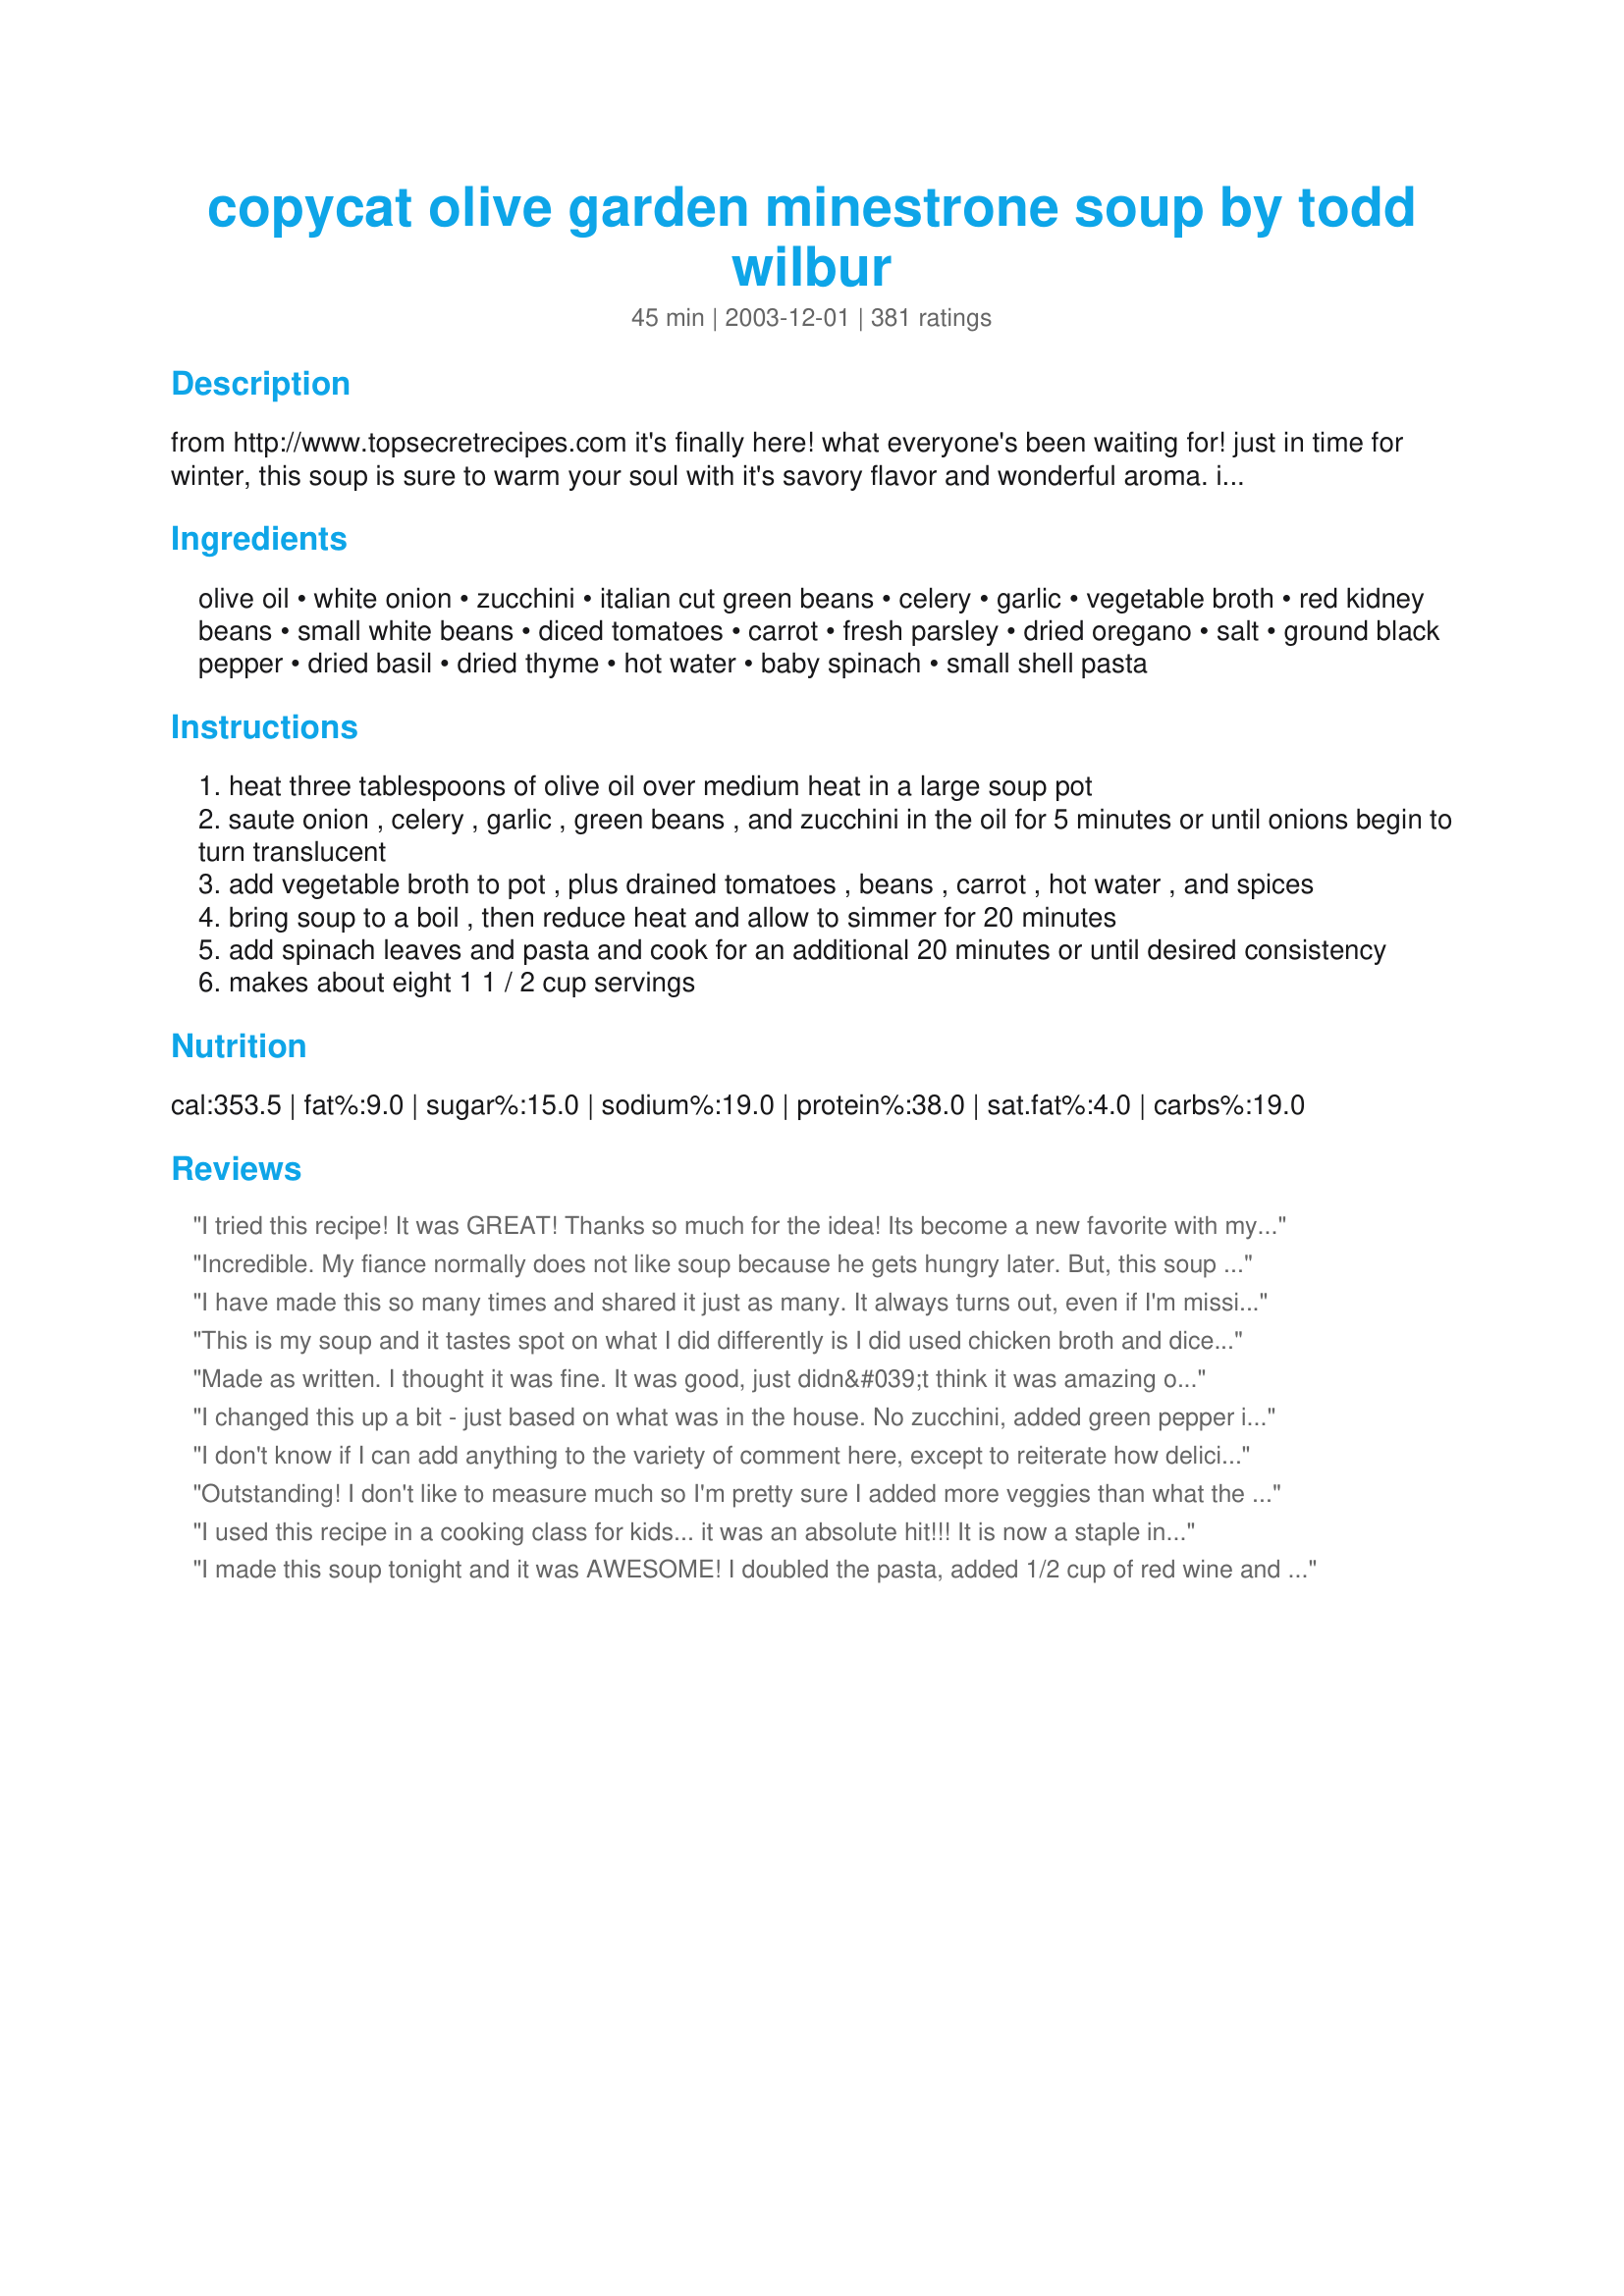
copycat olive garden minestrone soup by todd wilbur
Preparation time: 45 minutes

from http://www.topsecretrecipes.com it's finally here! what everyone's been waiting for! just in time for winter, this soup is sure to warm your soul with it's savory flavor and wonderful aroma. i've asked many an olive garden waiter for this recipe, but none gave it to me in detail. one waiter told me the secret ingredient was to add a little red wine to the stock, but i'll leave that up to you to try.

Ingredients:
olive oil, white onion, zucchini, italian cut green beans, celery, garlic, vegetable broth, red kidney beans, small white beans, diced tomatoes, carrot, fresh parsley, dried oregano, salt, ground black pepper, dried basil, dried thyme, hot water, baby spinach, small shell pasta

Steps:
heat three tablespoons of olive oil over medium heat in a large soup pot
saute onion , celery , garlic , green beans , and zucchini in the oil for 5 minutes or until onions begin to turn translucent
add vegetable broth to pot , plus drained tomatoes , beans , carrot , hot water , and spices
bring soup to a boil , then reduce heat and allow to simmer for 20 minutes
add spinach leaves and pasta and cook for an additional 20 minutes or until desired consistency
makes about eight 1 1 / 2 cup servings

Reviews:
I tried this recipe! It was GREAT! Thanks so much for the idea! Its become a new favorite with myself and my family. This soup is great, but I dont add the macaroni until Im ready to eat the soup as it soaks up all the broth, also if you cook chicken and add it as you eat a bowl its also great! Thanks again! Charlene
Incredible. My fiance normally does not like soup because he gets hungry later. But, this soup is so hearty and flavorful, we eat 1 or 2 bowls and are full and stay full-- even though it has no meat. I used rice pasta due to allergies. The 2nd time I made this, I used 1 can of kidney beans and 3 cans of chickpeas (it's what I had). The soup still turned out great (although the original recipe is a tiny bit better). This recipe also freezes well and still tastes good.
I have made this so many times and shared it just as many. It always turns out, even if I'm missing an ingredient or two. This is one of my all-time favorite soups and I always try to make it exactly like the recipe states. I'm sure alterations would be good, too, but I just don't want to mess with a GREAT thing!
This is my soup and it tastes spot on what I did differently is I did used chicken broth and diced tomatoes without draining them added corn and increased my pepper by 1/2 a tsp I hope u sold soup comes out as good as mine did . Great recipe!
Made as written. I thought it was fine. It was good, just didn&#039;t think it was amazing or a recipe I&#039;d save to make again.
I changed this up a bit - just based on what was in the house. No zucchini, added green pepper instead. Also added 1 lb spicy sausage because my family really likes their meat!
I don't know if I can add anything to the variety of comment here, except to reiterate how delicious this soup is. It's a nutritious meal in a bowl, and smells fantanstic while cooking.

The red wine is a great addition, and adds depth without making the broth taste to "winey." The only thing I do differently is add chopped frozen and thawed spinach in place of fresh, as I tend to have the frozen in my freezer. Thanks Suzy!
Outstanding! I don't like to measure much so I'm pretty sure I added more veggies than what the recipe called for. I used a whole medium onion, celery stalk, and medium zucchini. Because of the extra veggies I added in an extra cup of water because I like more broth. I also added 3/4 cup good red wine, which I think added tremendous flavor. I love this soup and my 2 year old can't seem to get enough of it. Anything I can do to get those veggies in. I froze a few single serve containers to make for easy lunches or last minute dinners.
I used this recipe in a cooking class for kids... it was an absolute hit!!! It is now a staple in my home as well.
I made this soup tonight and it was AWESOME! I doubled the pasta, added 1/2 cup of red wine and a small can of tomato paste. My husband, you really isnt a "soup guy", had two bowls! He loved it. I would say this is the best soup I've made. This recipe is definitely a keeper!
This is so good! Mine came out even better than olive gardens! So excited thank u so much for the recipe! Yummmmm!
For me, it's the addition of a cup of red wine that really makes this soup. I also like how easy it is to customize if you don't have all the ingredients on hand. Thank you!
this is quite yummy, we truly enjoyed it we will make this again especially on cold winter nights that will be here before we know it
I love this soup! Easy to make, healthy...yummy....all your veggies in one place!! A good glass of red wine, a salad...what more could you want?
Tasted like Olive Garden’s recipe and didn’t take that long to make. I tried the slow cooker recipe and I was basically waiting almost a day just for it to taste the same as this recipe with canned beans and tomatoes. I used vegetarian beans and Northern beans, not a fan of kidney beans. Bought and used already shredded carrots, Left out chopped onions because I avoid cutting onions at all costs. I just added more organic minced onions and the flavor didn’t suffer at all and I saved lots of time without chopping each ingredient.
I put this in my slow cooker and came home to the most wonderful soup I have ever eaten! I put all the veggies that needed chopped in my food processor and pulsed a few times to chop into small pieces. I dumped everthing in the slow cooker. I didn't use oil because I didn't need to saute the veggies for this method of cooking. Thanks for this delicious and healthy recipe!
Easy and everyone liked it. I put in an extra clove of garlic and tsp basil. It was so good. Thank you.
This recipe is amazing! I have never tried adding wine. I think it is fabulous just the way it is. My family raves!
I made this with half the amount of canned beans, using all black beans ( that&#039;s all I had), I think the full amount of beans directed would be way too many. I also added to the recipe 1/2 small head of sliced cabbage, frozen baby lima beans in place of green beans ( again, that&#039;s what I had), 1/2c. Dry white wine &amp; 2T balsamic vinegar, doubled the tomatoes since it seemed to need more at the end. The wine really made the dish, definitely complimented the flavors. Topped with parmesan cheese &amp; added some cooked spinach feta chicken sausage to half (which I froze for a later date, as this does make a lot ). So good, thanks for an inspirational soup recipe!
I've cooked this recipe a bazillion times but have never reviewed it. Let me just say this is my #1 fall/winter recipe...my wife asks for it again and again. Goes great served with some crunchy-crust bread!
I never had this at Olive Garden, but it sounded good and I had most of the ingredients on hand. This was delicious and filling. I used frozen spinach, added a can of tomato paste, and I made mini meatballs and added them with the pasta. I will make this again, but I will not saute the zucchini because it made it mushy. I'll add that with the pasta too.
This turned into such a wonderful soup and is awesome the next day as well. I added a whole baby zucchini and did not drain the diced tomatoes but other than that followed it as written. Everyone in the house enjoyed it and found it to be very flavorful. Thank you for posting such a wonderful recipe.
I just have to say that the wine makes all of the difference in this recipe. It's good without it...but it's totally Olive Garden's soup with it. I used about 1/2 cup of Yellowtail Shiraz in the last 15-20 minutes. When it was done I nearly died. This is seriously the secret to Olive Garden's minestrone!!!!!!
It was excellent! Even my 5 year old loved it! I will definetely be making this over and over!
I've made this soup twice. The first time, I just used it as a basis to use up all the veggies in my fridge. This time, I made it almost exactly as written (I omitted a little bit of the water to keep my soup pot from overflowing). It was excellent. Such a hearty, filling soup. This one is definitely a keeper.
I made this and it was delicious. I did make a few changes though - I added 1 1/2 c. of tomato juice. It just made it richer and more like the Olive Garden soup.
We&#039;ve never had Olive Garden Minestrone soup either but this was delicious! I halved this because there are only 2 people in my household. Very healthful too. I made no changes really, but did not use wine because I didn&#039;t have an open bottle at the time.
This soup is delicious and so healthy!
Just made this soup tonight. I used only one can of beans and for the can of tomatoes I used a can of stewed tomatoes (added a nice flavour) and also used all vegetable broth instead of broth and water. I was really, really good. Restaurant quality all the way. The only thing I will do differently next time is use a little less salt due to using all broth. Topped it with a little sprinkle of parmesan cheese....YUMMY
Fantastic! This was spot on compared to Olive Garden! I have already emailed this to everyone I can think of. Now I just have to master those breadsticks...
This was so delicious. I used orzo instead of the shell pasta because that's what I had. It thickened up the soup quite nicely.
This good, good enough to make again, but not fantastic. I did use chicken broth, skipped both the celery and parsley, also used med shell. Use the small shells or something else, I wouldn't recommend anything larger. My store had no small shells or even orzo, oh well. I did use regular ole frozen green beans. I added a shake of black pepper and sugar. It's is tasty and a keeper. I am serving breadsticks and passing the Parmesan. Oh, I forgot to add that I only used one can of beans each, two would be way too many.
Yummy Minestrone soup great on a cold day. I made this just like the recipe stated using my home canned green beans and fresh spinach out of the garden. For the pasta I used orzo we love it in Minestrone soup. Served it with lots of Parmesan Cheese & hot rolls. Thank you for this tasty recipe.
Love this recipe! I have my own Minestrone Soup recipe but I like this one much better. The only thing I had to do differently, was substitute the fresh baby spinach with the frozen stuff. The fresh spinach at the grocery store was in terrible condition. 
And if it's at all possible, I think it tasted better the next day after sitting in the fridge over night. It could've been just me craving another bowl though.
We absolutely love this. Despite the warnings, I use chicken broth since I never remember to buy vegetable. Also I use a brick of frozen spinach and it all comes out great. Sometimes I get kinda wacky with my beans and do white AND great northern beans, just for variety. I like that I can make a huge pot and freeze half. Thanks for a staple in my kitchen!
This soup is yummy..I also added tomato sauce and red wine..thanks for submitting it..it is definitely a "keeper".
I can't say it was good. It was only fair. I didn't use as many beans as it called for, because I knew it would be too many, still had a beany taste though. No body, nothing melded together. I tried it this morning and still got the same taste. I've tasted Olive Garden's soup, this is not it. Sorry. I'm sticking with Giada's recipe. Now that's a great minestrone!
 I've made this soup twice and it's just wonderful. It has a lot of ingredients, but if you read the recipe carefully, the recipe is easy to put together. It tastes so good. This may be thought of as an Autumn soup, but in my home it will be year round! My husband is a picky meat eater, but really likes this one. 
 I recently bought Todd Wilbur's book "Top Secret Recipes", presents Super Secret Restaurant Collection. It was on QVC. The wonderful Olive Garden Minestrone Soup recipe was inside, as well as a host of others. Well done Todd.
This is better than Olive Garden.Finally a soup the WHOLE family loved.Thanks Suzy!
I am a huge fan of this soup from Olive Garden. I tried this recipe once before and I could not find vegetable broth so I used V8 vegetable juice with the same amount of water. Though it did come close it wasn't what I was hoping for. I tried it again with the broth (swansons vegetable broth) suggested, once I came across some, and it was just not good at all... looked and tasted more like a chinese soup recipe... :( <br/><br/>It is a great soup with some minor adjustments its not filling and can be eaten for days :) I just now know to stick with my first choice of V8 instead of the broth!
Suzy's posting is EXCELLENT! Great taste. It's perfect, but like others suggested, things can be added to a person's taste. I added 1/2 cup of red wine and used petite diced tomatoes (same amount). This gave a thicker soup. Also, a 1/4 cup (or less to taste)of Parmesan cheese to the soup base just before serving.

This was very simple to make and most items were on hand in the house. Quick, simple, but good!
yum yum
I made this recipe several times so far. It is excellent .... worth trying!
This was excellent. It was easy and everyone raved.
i know for a fact they DO NOT add wine to the stock.. i used to work there.. they never have or will add wine to it.. and missing from this is a lil pinch of peperoncino. and olive garden uses grana padano instead of parm since it is way cheaper. that's why they don't care how much you ask for..
We live in Canada and can only get Olive Garden when we visit the US. I have made this twice now and each time it tastes just like we remember. Wonderful, easy recipe. Thank you. I did add 1/2 cup of red wine as another review suggested, but otherwise kept it the same.
I have never had the Minestrone soup at Olive Garden, but this was quite tasty! I thought there was a really good balance of flavors. The only changes I made was that I cut down on the beans and used only 1 can of kidney beans. I also added a splash of red wine as some of the others suggested.
I&#039;m kind of a personal chef for an elderly man and made a pot of this for him and gave my husband a taste. Both meat and potato guys and both LOVED it. Followed as written except I added a pound of browned ground turkey to it to make it even more of a meal. Making a pot for OUR house today! THANK YOU!
Oh My, Oh My! I am a die hard Olive Garden fan. I am always getting there bread sticks, this soup, and salad(which they sell there dressing in a bottle too!). This soup is awsome. I was able to cut out the white beans which even made it 1000x better to me. Thank you, Thank you for posting. My husband is happy I will get my fix at home so we can enjoy other resturants here in the city.
I loved this, it was really tasty even though I got carried away with the garlic :) I will add two times the vegetable broth next time so there is more to dip my home made bread in. I will make this again and thank you for posting Todd.
Excellent!!!!!!!!!!!!!!!!!just like olive gardner!!!!!!!!!
Bless you Todd!
I have never eaten at Olive Garden but this is wonderful soup! I made half a recipe...I used fresh green beans and added orzo pasta. I omitted the red kidney beans and added only a handful of white kidney beans. I pureed the rest of the white beans and added it to the soup as a way of sneaking the nutrition in. (DH doesn't like beans.) Thanks!
My whole family loves this soup! Even the picky eaters. I&#039;ve made it probably ten times by now - I vary vegetable proportions based on what I have on hand, and it always comes out delicious.
Just tried it tonight and the taste was excellent. My family loved the soup.
very nice
The sheer number of reviews tell the story... I added about a half cup of red wine (merlot) before the beans as indicated in other reviews. I also swapped out a can of lentils for one can of the white beans. In addition, I also used fresh tomatoes and green beans as they were available. This is fantastic.
We absolutely loved this soup. I added a small can of tomato paste, used Italian stewed tomatoes which I had on hand, and added 2/3 cup red wine. I had to use half chicken broth, because I live in a hick town that doesn't have veggie broth. And I only used 1 can each of the beans because, really, 4 cans is just too much! Now if I could just have some OG breadsticks and salad with it...
I wasn't a big fan of this minestrone, everyone else loves it so maybe I made it wrong? I put all the spices in and it kinda tasted like vegetables in a vegetable stock soup.
Delicious on a cold snowy day! We doubled the recipe and used small elbow instead of shell macaroni. It was awesome.
I have made this soup several times since I first had it 3 months ago. I plan to make it again this weekend. I have not had the Olive Garden soup but I can't believe it could be any better than this. I have even shared this with the employees at work. They all love it!
This soup is delicious. I added four different cans of beans, kidney, cannelli, black, and garbonzo. I also increased the pasta to 3/4 cup and added a half cup of red cooking wine. I am addicted to this soup!!!!!!
Truly delicious!!! I followed the recipe exactly, then tasted. I decided it needed more pasta and tomato so I added more shells and chopped up a can of stewed tomatoes and added it sauce and all. Garnished with fresh parm and Italian bread to sop it all up! So good and so healthy! My 2 year old loves it too!
I love this soup! At Olive Garden I always order their minestrone soup and this was just as good as theirs! I didn't add the red wine (personal reasons) and it was still a great.
Taste was very good, however, this had way, way too many beans in it. I only added l can of each kind of bean and it still had too many beans.
I only used two cans of beans, and I added another can of undrained tomatoes. The recipe is good with those changes and very close to Olive Garden. The missing ingredient is cayenne pepper. Just add a few dashes and top with parmesan. Yum :)
DELICIOUS. I've made this recipe several times over. It taste like the real thing. Thanks for sharing!
This was delicious. Definitely the best minestrone I've made. Adding the wine makes all the difference. Will definitely make again soon.
I followed the recipe to a T. It was outstanding! Thank you for this recipe.
I love this recipe and have made it several times. The only problem is that I KNOW Olive Garden adds some wine to theirs. I can taste it. But, every time I have put it in mine, it turns the whole pot bitter. I can't figure it out. Any tips? I've tried Sharaz and Marsala. Pretty sure Marsala is the way to go, if it just wouldn't turn bitter. Also, OG puts a bit of cabbage in theirs. You can't deny it because you see it right there in your bowl.
Turned out great. I left out zucchini because my granddaughter doesn't like it.
This recipe is really wonderful. My family loves going to the Olive Garden restaurant and ordering just the soup and bread sticks. Now when we can't get to the restaurant I can throw on a pot of it at home. It really is as good. Thanks for posting the recipe!
Very hearty soup. I have not tried OG's but this is wonderful. Thank you for posting.
I'm going to give you 5 stars for this recipe, but with an admonishment: why not use chicken broth??? Because it's not authentic? In my mind any flavored broth is going to improve a recipe. My DH was sick and running a fever, so I was looking for a nutritious soup with lots of veggies. I used chicken broth, used chickpeas and black beans because that's what I had in the pantry, used medium egg noodles for the same reason, used several handfuls of fresh parsley, ciltantro (his favorite) and oregano. Normally when I make soup he eats one bowl and makes no comment. Even when sick, he ate two bowls of this and said it was good. That's a 5-star review from him!!! I also enjoyed it very much!
I gave this recipe to a friend to make for our Christmas dinner. She subbed reg green beans for the italian and thought it needed something and added some red wine. We all thought it was ok, but rather bland . I think a combination of chicken and beef broth might improve it and a lot more herbs and seasoning.
I added in an additional cup of water, an extra can of tomatoes (which I didn't drain), 1 (14oz) can each of beans (drained, instead of 30 oz each), 1 c. green beans, extra noodles, 1 tsp garlic powder in addition to 3 tsp minced garlic, 1/2 c red wine and I added 3-4 tsp beef boullion I wasn't measuring (I know OG is vegetarian and think vegetable boullion would be better, but didn't have any so...) I also only used about 2 c. chopped spinach. I added the zucchini and wine the last 20 min of simmering. Those are my corrections. And using those extras/tweaks it actually was identical to Olive Gardens! With my additions I'd give it a five star rating. As written three. If you're wondering what little extras you could do to make it more like OG, I'd suggest trying some of these tweaks.
I made half a recipe as written minus the zucchini. Wonderful soup for a cold, snowy day we are having. Served with Recipe #13584 toasted in the oven.
Great recipe, the whole family loved it!
This recipe is really good! I added some chili powder and extra diced tomatoes just to kick it up a knotch! All in all, I be making this again! My husband and I loved it!
Probably the most flavorful minestrone I have made to date, but I still think it could use some improvement. I personally would have liked a more savory, tomato-y broth; maybe even a little sausage.
Really good! Very easy!
This soup is really good, especially on a cold winters day. I doubled the recipe but kept the amount of beans the same & there were still plenty of beans in the soup. I also added a small can of tomato puree for a more pronounced tomato flavour, didn't bother to drain the diced tomatoes & used only veggie stock (no water) . I will be making this one again. Thanks for sharing!
This went over great at a bridal shower I gave this weekend. I had to use chicken stock because I couldn't find veggie stock, but it still tasted just like the restaurant version. Thanks!
Made this for a church luncheon and got raves - it is truly delicious!!!
Excellent, I subbed out barley for the pasta - since I wanted a whole grain. It had great seasoning , good body. I did add some parmesan at the table. Thanks
This soup rocks! I make it at least once a month! I add pre-made pre-cooked meatballs instead of one can of beans and it's a great addition.
this soup was really good, very flavorful and delicious. the consistency was a lot more like chili than soup, so i ended up adding a lot more vegetable broth to the recipe. also, we didn't like the frozen green beans, i would probably use french green beans and cut them (for a thinner bean). overall, great recipe!
We were in the mood for minestrone soup and decided to try this recipe. I haven't hadd the Olive Garden's soup, but this was very good. Hit the spot. We added a dash or two of 20 year lod Cabernet Sauvignon that we had sitting around. I don't know if it made it better, but it was really good. Now we're going to drink the rest of the bottle ;-)
Excellent recipe with a few tweaks. One can of kidney beans and one can of Great Northern beans are sufficient. Added extra green beans and increased the amount of most of the veggies. We like lots of vegetables. Did not drain the diced tomatoes. A small can of tomato paste and about 3 beef bouillon cubes add more flavor. Adjust thickness of soup by adding a little water if necessary. Guests always ask for my recipe. BTW, someone here mentioned that all Olive Garden recipes are on their website. Some of them are, but not all of them, and of course the recipes for their &quot;signature&quot; soups are NOT on their website. Not a surprise at all.
The foundation of this recipe is very good, but I found that it needed a good deal of tweaking for it to TRULY taste like OG's.

I added --

a little bit of salt
a lot of pepper
4 ozs. of tomato paste
1 cup of red wine
an extra stalk of celery
an extra hand full of needles

After it was done, I also decided that it probably could have used about double the garlic. Oh well! Close enough.
I've been looking for a good minestrone soup for years. This is by far the best one... perfect. I did not add the spinach but I did add 1/2 can of tomato paste and I used 1/2 the beans. Turned out perfect. Thanks Todd.
Add some balsamic vinegar, grated parmesan or romano, some celery salt or leaves, unseasoned ground turkey for the meat lovers in your home, definitely some red wine, and adjust herbs and spices to taste. I subbed more cans of vegi broth for water and it was perfecto!
Great recipe! Yes, Olive Garden uses wine in theirs. Add a little (a glassful or so) and allow it to evaporate some before adding the veggie broth.
This is really a good soup. I didnt mine was exactly like Olive Gardens but I didnt try the wine so maybe I will next time and see . It WAS WONDERFUL anyway. My family loved it and we will have it again. Recipe makes a good amount and I know we will enjoy this recipe for years to come. Thanks for the great recipe.
very good thanks
I added a splash of lemon juice and and an extra can of tomato and it turned out way better. I also added a splash of red wine.
Boy did I feel great after having a bowl of this soup. Just hit the spot in the middle of a cold January :-). I used butter beans, a splash of Merlot, and of course topped it with some freshly grated Parm. Thanks Suzy.
This soup is delicious and tastes just like the one from Olive Garden. I did put about 3/4 cup of red merlot after sauteeing the onions and let it reduce. I also added garbanzo beans, a bit of crushed red pepper, and used fresh basil and parsley instead of dried. Frozen spinach works just as well as fresh. I topped the soup with grated parmesan cheese and served with garlic bread. Was a hit and a keeper, thanks so much for this recipe.
This soup is great on cold January days. I followed the recipe as written, however I omitted green beans (had none) and used celery salt instead (preference). I think I will add a splash of red wine next time and maybe some red peppers. Very good recipe Suzy, thanks.
And yes tastes just like Olive Garden.
AMAZINE RECIPE! I followed recipe exactly but added some pinot noir, italian sausage (pre-cooked it and drained the fat), fresh thai basil, and red pepper flakes/hot sauce for some heat. After adding the noodles I slow cooked it on low heat for an extra hour or so. My family loved it. Thank you so much!
I love this soup and order it almost every visit to Olive Garden. Found this recipe and made it today. It is SO GOOD!! I only added a bit more garlic but wouldn&#039;t change a thing for my own liking.
Excellent recipe - family loved it! Definitely add a cup of red table wine at the end - makes a difference.
Good stuff! Basically brought back someone sick back from the dead.
delicious! like some others who commented, i also only used one can each of the beans, and added more veggies. these were the only modifications i made and the soup came out wonderfully. i have made it twice since stumbling across this recipe a couple months ago and am making it again in a few days. thank you for this recipe, and thank you for informing people that this soup should not be made with chicken broth!
This soup is amazing! Even if it's not EXACTLY like Olive Garden's, it's just as delicious. I have a friend who has told me it's some of the best she's ever had! I changed it a little bit: I only added one can of each of the beans, doubled the amount of water, eyeballed the amount of vegetables (probably more than what the recipe calls for), sliced (instead of chopped) the zucchini, and per recommendation of other reviewers, added in a can of tomato paste. I also didn't drain the diced tomatoes or add as much spinach. Didn't have any red wine on hand, but next time I'll definitely have to try that.
It was very good but I guess I was expecting something spectacular according to the high ratings. I also used the wine and pretty much followed the recipe as written.
I made this per directions and it looks close to Olive Garden's but did not taste like it to me. The OG soup seems to have some tomato-based taste and the actual liquid is red. This was not. It said to drain the tomatoes but I wished I hadn't. I finally ended up adding some tomato juice to it before we ate on it the second time and it was much closer to the taste and color served at OG. I'm going to make it again but with a little tweaking. My husband and I both really like this soup, though... it is packed with protein and is healthy for us.
This is about as close as you are going to get to the Olive Garden version without going to the Olive Garden! Excellent soup.
What a great soup! I'm not sure if this is like the Olive Garden version, but it is great all the same. I did use some red wine as suggested but otherwise followed the recipe as written. A trick I learned from The Food Network is to add my leftover Parmesan cheese rind for a little added flavor. I served this for company along with homemade bread for a tasty Sunday lunch. Very easy to make ahead up to step 4. Then when ready to serve, reheat adding the spinach & pasta.
Great recipe, even got my granddaughter to try it and she now asked me to promise to let her know when I would be making another kettle of soup.
someone forgot to put marsala red wine in the recipe
AMAZING! Super easy to make and it is wonderful. It's raining right now so I know this is what is going to be the perfect stay in meal
Love it! I have added the wine and left it out. Great either way. Thanks for sharing
Excellent, but beware of the salt. Mine came out too salty, but I think it was because I opted to use more broth and no water, as other reviewers suggested. Next time I won't add salt. Really good, otherwise, though!
yum yum!!! i love OG's minestrone and this was even tastier! i didn't have any celery so i put a bit more onion instead...i also used 2 cans of beans (instead of 4) and just a handful of thawed spinach. it tasted marvelous!!! thanks for posting this :)
The true recipe. Once in a while large chains release their most beloved recipes for the public. This is the true recipe. 100% validated.
Absolutely perfect! <br/>I used to be a server at OG and this is spot on..red wine is a must for it to taste like theirs.:) Sooo loved this!!!
Very tasty. The other eater of this soup said that it is /better/ than Olive Garden! He said it smells better and tasted better. I felt it was missing something though. Perhaps next time I won't drain the tomatoes when adding. Also, I think I'll cook the vegetables more in the beginning. This is even more better the second day :) Though I wish it had more broth ;) Gotta have something to drip all the bread in, y'know.

Great meal: salad, this soup and bread. We even reused the bowl the salad was in by rinsing it out before filling with soup.
this is such a yummy soup. I have made this soup couple of times and my family loves it. Just one thing I added-1 small can of tomatoe sauce.But this soup is better than Olive Garden. Thanks for the recipe. =)
Wow! I never have to go to Olive Garden again. This soup required quite a bit of prep work but it was well worth it. I was a little more generous with the celery and green beans. I added a splash of red wine...which I think I will leave out next time. Dh walked in the door from work and had to walk out and come back in because he said it smelled so good. Served with fresh rosemary bread and red wine. Yum!
Excellent and easy, maybe even better as leftovers. Mix up some good crusty bead - awesome.
OG soup definitely has kale, and not spinach.
My whole family loves this soup even my three year old daughter who does not usually eat many vegetables! This recipe is not exactly like Olive Gardens but it is close and so good!
I made this the base soup, and went on to add chicken. I also used homemade chicken broth. I had to use more spices, since I was making a higher volume. It was lovely and will make again. :) Thanks.
This is truly a great minestrone recipe. When I told my husband it was a copycat of Olive Garden's soup, he said it was better! I did make some modifications to the recipe such as lessening the amount of beans, etc, but nothing too extreme. If you'd like to see the modified version of this recipe and additional pictures, it can be found on my cooking blog: http://redlab27.alissahebert.com/2011/09/minestrone-soup.html
This was the best soup I ever ever made! Husband raved about it. Could not find Italian frozen beans so used DelMonte French Green beans and added once veggies were soft. Also only added one can of kidney beans and one can of white small beans. So good, I even wanted a bowl for breakfast the next morning! You will love it!!
Best soup ever! Always liked by guests! DO NOT forget the red wine! It does the make the difference!
I had never made this type of soup before. It turned out great and I will make it again. The only thing I'd change is that I'd use less pasta and more veggies. I usually add more garlic and spices as well.
Really delicious!! Much better than I was expecting. =0)
We had this soup at an Olive Garden when we were in Michigan last year. And, yes, it was this soup! Tasted just like it! This will be a staple in our kitchen! Thanks for the recipe!
This recipe was created by Todd Wilbur. It was published as a Limited Time Only recipe on www.topsecretrecipes.com

This soup was ALMOST EXACTLY like Olive Garden's minestrone. SO GOOD! Thanks Todd! When I first tasted it it was really good but, I thought it wasn't quite as red or tomato-y as Olive Garden's so I added a very small 5.5 oz can of low-sodium V-8 juice and it was perfect! I also threw in a little bit of shredded cabbage which was good. I will definitely make this again. Amazing!
This was great. I used Swiss chard leaves instead of spinach and used some barley instead of noodles.
I want to give 4.5. I thought it was delicious, but I agree with a few other reviewers, there was just that certain something missing. I will use on a rotation because it is really tasty and very healthy.
I've never had the Olive Garden soup but this was delicious! Made the soup pretty much as indicated except that I did not drain the tomatoes, added a bit more veggies, left out the pasta, and used unsalted vegetable broth (I like to control the amount of salt myself later after cooking is complete). Delicious!
garbonzo beans are missing. :) and do add ck and beef broth.
This was good. I added a little more broth and less beans. I also added Italian blend shredded cheese on top (all I had on hand) when serving. Was really yummy!
Great soup. I loved the addition of the spinach. It made for a nice presentation as well as being "good for you". :D I used this recipe in a night class I taught last year and I've only just realised I didn't review it.
This soup is amazing! I've been searching for years for a good minestrone soup. I followed a few suggestions that others had posted. I didn't add extra salt, didn't drain the tomatoes and added 2 cans of small white beans and 1 can of kidney.... I added 3/4 cup of pasta shells and next time will do 1 cup. I added about 1/4 cup of tomato paste after all the main ingredients were in.....Also added 1/2 cup of Chianti when I added the spinach, which I did a rough chop on. This will be a staple in this house and it was relatively quick and easy to make :)
its a great soup but i think it's missing something. i cant put my finger on it. i worked at og for many years and used to eat this allot. this does hit the spot on a cold day.
OUTSTANDING! I wish I could have taken all the credit for this soup. My group emptied their bowls. To say the least clean up was easy! This soup did taste like Olive Gardens. Maybe better. I added the wine about 3/4 cup and followed the recipe to the "T". Thank you so much for posting this! I feel like I should leave a tip. LOL
I will be doing this recipe for my kids any grandkids.
yummo hearty soup
Made this tonight! It was really great! I didn't think it was as good as OG's, but that was probably because I didn't use red wine. I only had white cooking wine so I used a half cup of that. I also added the tomato paste, an extra can of veg. broth, extra veggies, and one extra cup of pasta. This made enough for supper, lunch, and left some to freeze for 5 people. I will be making this again! Love that it is so healthy!
This soup was really good...but I did make some changes. I do not like zucchini so I left it out. I added extra celery and carrot and doubled the pasta because I used only 2 cans of beans instead of 4. Every thing else was the same as stated. Though I thought the soup was very good, it did not taste like Olive Garden's version which I have about every 2 weeks. It could be because of my changes. I think next time I will add more diced tomatoes. This recipe is a keeper because it is very tasty. Thanks for sharing it. Update: I found that adding a can of crushed tomato to the soup gives it a better tomato base and improves the flavor even more. I make this soup alot and freeze leftovers for another time.
Needed a bit more seasoning that recipe indicated. With an extra bit of salt and pepper though, this was right on the money!
Wonderful! Huge hit at our house.
This is pretty darn close to Olive Garden's minestrone. Definitely don't skimp on the red wine! Mine always comes out thicker and less red than Olive Garden's, but sometimes I add some tomato juice or tomato sauce and water to correct that. It's still fantastic even without that, though. We always top it with shredded parmesan and serve with crusty bread.
I just served this to a group and it was a huge hit! Here's a tip: cook the pasta seperately and spoon some into each bowl before dishing up the soup. The noodles stay nice and firm this way!
Yeah this one is RIGHT ON!
Delicious and just like their soup (maybe even better). Be mindful of the pot you choose because it makes LOTS of soup.
I go by this recipie for my base but I add beef base and I put alot more veggies in it and make my own version.
carrots broccoli. Cauliflower sugar snap peas Brussel sprouts and some crown yummy!!!
I have to Say.. This is the Best soup I ever made.. I made a pot of it last week.. and it was outstanding..I looked exactly lke the photo.. I followed the directions and it was a HIT....
I added a bayleaf left out the thyme added more pepper and another can of tomatoes with juice. Also added 1/2 tablespoon of Italian seasoning and some nutritional yeast. Also I left out the carrots !Turned out great! :)
I made this soup last night for me and my boyfriend and it is excellent. We both loved it. I made a couple changes. I added a couple sliced red potatoes and some summer squash. I also used sliced baby carrots instead of shredded. I put 1 can of each kind of beans instead of 2 and I used fresh diced tomatoes instead of canned. I also left out the celery. I didn't have any on hand. I let it simmer for over an hour while I waited for my boyfriend to get home from work. It was delicious. We have plenty of leftovers and I will definitely be making this again.
Really delicious. I cut back on the oil a little but I think you can use a little water to cook the vegetables and cut back on the fat (I'm dieting). I made everything in me electric pressure cooker. When it came to letting it cook for 20 min. I put the lid on the cooker and let it go for about 12 minutes. I then aded the pasta and spinach and let it simmer. The pressure cooker really brings out the flavors in anything you make. This thickened up nicely and really hit the spot in this frigid Ohio weather. Thanks!
I've never been to OG, but my mother raves about their minestrone -- and if this is it, I can see why. It was absolutely delicious. I did tweak it a bit, I'm afraid; I cut back on the beans and added greater amounts of vegetables (just a bit). I also added a Parmesan rind, which added terrific flavor ... and I added a garnish at the end (ran 1/4 cup fresh parsley, rind from half a lemon, and a large clove of garlic through the mini-chop, and added it about 1 minute before serving). Soup was absolutely delicious. Will definitely make it again -- thanks for posting this!
excellent recipe. always looking for a good recipe for some comfort food. this soup tasted delicious. my kids loved it. I made this twice already, the second time I added a little twist by adding some ground beef to the soup. It was absolutely delicious! will definately keep as a favourite.
I LOVED this soup, as did my family. Being Australian I have no idea if it tasted like OG or not, but it was still easily the best minestrone Ive ever had. I also liked the fact that it was so easy to make, and turned out to be really cheap to make too. I made it as per the directions, however I had no vegetable broth, so just used water. The soup had so much flavour anyway I don't think it really mattered. Thanks for the recipe :)
Smelled just like the real thing, but was not too impressed with the taste. I think the spinach killed it and the green beans. Also the broth has an odd taste to it. At olive garden, I love their minestrone, but it was hard for me to finish my bowl.
The missing components are quite simple; some have caught on but not quite there. First, DO NOT ADD WATER. You need to double your vegetable broth, add at the very least 1/2 cup of red wine, preferably a blend. (which most people caught.) Also yes, add a little bit of cabbage, around a cup of small chopped. People were correct DO NOT DRAIN your diced tomatoes, put the whole can in there. But the secondary item which most came close to is tomato PUREE. You can use crushed, or paste, but the PUREE is going to give you the OOMPH it needs without it becoming a tomato soup, yet still giving it that pop of color. I used about 14 oz of the diced, and about the same of the puree. I also double my basil and thyme. PERFECTO.
Thanks for the great recipe. 
I've never tried the OG version, but I sure like this one. The only thing I did different is that I used only one can each of the kidney beans and the white beans. It still turned out delicious.
I love this soup! I have made this 2 times and about to make it the third time. A few months ago, gallbladder started to give me problems and I had to be careful of everything that I ate. This recipe has been a life saver. I have also lost about 6 pounds over the past few months. I recommend using fresh green beans, more spinach, (I like alot) and buy low sodium and organic beans, veg broth and diced tomatoes. I also began to add fresh cooked chicken and firm tofu to my bowls just for extra protein and variety. It is a very satifying meal.
Wow! First time copying one of these recipes...Suzy, thanks to you, my whole family thinks I'm Chef Gordon Ramsey! This came out delicious! Only thing I did different was to double all of the ingredients from 8 to 16 servings. I did not, however, double the beans. It did come out a bit salty until I added a half cup of red wine; and that made it perfect. thanks!
Ive either never had Minestrone, or it's only been 1-2X..ever! That said, I stumbled on this recipe and decided to make it. It turned out amazing...SO good! Here is what I did slightly different... *Cooked pasta (left VERY mildly on the firm side) first and set aside, and added in w about 7 mins left at end. *Added one can stewed tomatoes and half can tomato paste. *Deleted 1 can kidney beans. *Put just a tad more of the green beans, carrots, zucchini, celery. *Julienned the carrots. *Added garlic powder (and slightly more of all the herbs/spices). *I did NOT drain the beans or tomatoes. *Used all organic incl spices. *I used a 5oz container of spinach and thought that was PLENTY. *A couple of the canned items were no-salt. Thanks!!
This rocks! My boyfriend wants to help me make it for a soup party with his friends! Great recipe. I didn't have veggie broth so I used a mixture of beef and chicken broth. It was good!
This is a delicious soup but do add the wine! It made such a huge difference.
I thought this minestrone soup was one of the best I have tasted. I could not find itlaian green beans and just used regular fresh grean beans. I will make this often.
This soup is delicious and easy to make. I made a few changes because I didn't have some of the ingredients--such as subbing okra for green beans--but I left it mostly the same. I am looking forward to eating it for lunch tomorrow.
This was fantastic. I made it with "a little bit of everything"'s adjustments and added a cup or so of Pinot noir. I've never had it at Olive Garden but this was just a great minestrone.
Awesome! Used stewed tomatoes cuz that is what i had on hand.
OG's Minestrone Soup and Salad is one of my favorites. Sorry, this is not Olive Garden Soup.
The Soup cameout really well. Its exactly or better than olivegardens Minestrone soups. All vegetarians must try. 
Thank you for posting.
Didn't Olive Garden used to put in small broccoli flowerets? It was better then.
We had this for a family dinner last night with some lovely crusty bread - what a hit! I added some red wine as well as a tub of tomato paste, but I'm sure it would be fantastic exactly as written.
I prepared this recipe exactly as listed and thought it was very close to the Olive Garden soup, but one of the seasonings tasted a little overpowering. The next time, I added 1/2 cup of pinot noir to the stock and it was perfect. Thanks for sharing this delicious recipe!
OMG! This is the real deal. My kids and I had the minestrone at Olive Garden this past weekend & loved it. I had to try making it at home and used this recipe today. I used 1-1/2 cups of chopped zucchini and about 6 tsp minced garlic because we like those, and I added a splash of red wine at the finish. Deelish!! Bon Appetite!!
Thank you Todd for sharing this recipe. I made the soup according to your recipe with all the suggested ingrediants and it was perfect. It's a very hearthy, fiber rich soup. My entire family loves it and I'm making it again today!
I've always stayed away from minestrone soup b/c I am NOT a tomato fan. But after trying some @ Olive Garden, I loved it! I'm not sure if this tastes just like Olive Garden's, but I LOVE it b/c I don't find it overly tomato-y. I followed the recipe exactly except I eliminated the celery (hate it), did NOT drain the tomatoes, and added 1/2c red wine. It's GREAT and I got 12 portions which I froze. I'm just a bit puzzled b/c the NI on Olive Garden is nothing like the NI for this recipe...
I made this last night and was SHOCKED at the fact that it was exactly like the real thing! YUM! I never need to go out for my favorite soup again. Thanks!
Wonderful! I only used i can of each bean and used ditalini pasta instead of shells.
This soup was amazing! my whole family loved it! Although I do advise to add less beans...... i added two of each type! Pairs well with the garlic bread sticks
I’m making this tonight, I forgot vegetable broth so I just heated up my let over pot roast with the carrots and potatoes and celery and onions I added in more Hearne to flavor it up a bit and water. After I simmered it for an hour I strained it all. I know it’s not vegetable stock but more vegetable beef stalk but I’m sure it will taste good. I’ll update later how it comes out and I’m following the recipe as is! (Besides the stalk lol)
This soup is absolutely amazing. I did use fresh basil, which makes a huge difference. I used half the beans and I used broken up thin spaghetti for the pasta. It was so good that I couldn't get enough of it. I stopped by Olive Garden recently and ordered a bowl of theirs. Honestly, it wasn't as good and the sea shell pasta was too much pasta for the amount of soup. This is much better. Thank you for this amazing soup.
I was looking for a quick and hearty Minestrone soup now that it's getting colder out and this is exactly what I was looking for. It can be prepped and cooked in an hour! I have made it twice in the past two weeks and you can definately "play" with the vegetables and use whatever you have on hand at the time. The soup "base" is delicious! thanks again!
Fantastic! A little "beanie" for me though (hence the four stars). Next time I will only use one can of kidney beans instead of two.
This was great, but I was a little bummed when I read the ingredient list on the can of Swanson's veg broth after pouring it in and realized there's MSG and high fructose corn syrup in it. I am usually so anal about avoiding those two things. Oh well. The soup is good. Next time I'll make it with different veggie stock and try adding red wine. Tasted like Olive Garden, but I think wine would give it more nice depth like others suggested. Thanks!
What a great late winter/early spring Meatless Monday meal! Even my carnivorous DH enjoyed it! Served with grilled fontina/goat cheese sandwiches. Awesome!
This is fantastic !!! &lt;br/&gt;No trouble at all getting anyone to eat their vegetables when I make this and I often make it once a week with extra for leftovers.
Wonderful! So good!
This soup is great! I love Olive Garden's and this recipe is very close. I made as posted but only used 3 cans total of beans. Thanks for posting!
Excellent! I used regular frozen green beans because I couldn't find the french cut. I didn't drain the tomatoes either. I felt it was a little thicker than I'd like so next time I'll be making some of the changes recommended by other reviewers. Thanks for a great starting point!
I followed the recipe except cut back to one can of white beans and one can of kidney beans. The flavor was just so-so, in my opinion. I have the Olive Garden minestrone soup every time I go to that restaurant and I haven't tasted wine in the soup, but I am going to give it a try. I want it to sit over-night to see if the flavors improve. Then I will try the wince and the vinegar to see if it tastes more like the OG recipe.
This soup is wonderful.I made no changes.It will be a regular at my house..Thank U for this recipe....
This was fabulous! Only change I made was a touch of red wine and used all vegetable stock. This is just delicious. Will definitely be making this over and over again.
A great recipe! Very close to the Olive Garden one. :) Was delicious!
Well, I have Todd's 2 QVC books as well as the drink book, first restaurant recipe and restaurant recipe 2. They are beyond belief. Perhaps if I get some time I will go through everything I have made from his books and blow your mind with delight. I just made his Kozy shack rice pudding and it is to die for. With regards to this recipe. It is on the stove, but I have tasted it a bit (we are having it tonight) and it is beyond belief. Changes: I added 1/4 cup red wine, and when I checked my can of crushed tomatos, it said, 28 oz. can. I always use the large cans cause I feel they gip you with smaller. Added more water at end. I opened a can of tomato sauce and paste, added a touch and wished I hadn't. The recipe is perfect. If you add sauces and paste you change original taste. I added 4 jumbo cloves of garlic, so probably more than called for in recipe. Next time: 1 or 1/2 cans of each type of bean. Maybe another cup of broth. I used campbells. I also used Fresh green beans. Great. Linda
I make this soup at least once a week during the cold months. I have never had OGs version but it cannot be better than this. I have served it to many people and they are all very impressed with the flavor.
Thanks for a great recipe
Fantastic soup and could not be easier to make!
Delicious.. Asked permission to share.
Having just gone to Olive Garden a couple of weeks ago, I am still remembering how fabulous their minestrone soup tasted. How awesome that I happened on this copycat recipe as I made it today and I can tell you that it tastes just as I remember it! The only thing missing that I added (I see other reviewers did as well) was tomato paste/sauce. I used the entire 6 ounce can and added water to make sauce. Exactly what was needed to make this identical to OG. Already delivered some to my Mom who does very little cooking these days and she kept uttering "mmm...this is sooo good!". So, yes, we've got a 'keeper' here! Thanks so much for the recipe!
This is a very hearty soup and there is a ton of it for leftovers. I am only giving it three stars, because it seemed to need a bit more seasoning for my tastes. Thank you for sharing.
My husband LOVES OG Minestrone. We have tried the "other" recipes claiming to be it--but this is the real deal. We added a splash (okay, maybe more!) of a light, sweet red wine and it was wonderful.
This is quite good! I've never had the Olive Garden soup so I don't know how it compares but this is quite yummy. It is really healthy too! I wouldn't change a thing..next time I make it! Thanks so much for the great recipe!
It wasn't my favorite. My friend liked it maybe I'll wait for it to cooled down before I try it again but I think I may need to look for another copy cat recipe.
Excellent soup....will make this again. One thing I did different was to cook my noodles separately ( I used small penne rigatone) and just added them to the bowl. That way they do not suck up all the delicious broth.
My family loves this soup! I don't use noodles for my celiac kids and it still comes out hearty and satisfying. I've learned to add a half cup of red wine and a small can of tomato paste for absolute perfection!
I make this soup at least once a month, exactly as the recipe says and it is AWESOME!!! Occasionally I'll put in some italian sausage for a delicious kick, and even my picky toddlers love it despite all the veggies! This is a staple for any soup-lover's recipe box!
Has definitely become a winter favorite! I use one can each of the beans but use whatever is on hand (garbanzo, white, kidney...etc), and 1/4 tsp of red pepper flakes for some heat. Great recipe!
This is easily the BEST minestrone I have ever had. I made this soup to serve over 100 people and everyone loved it too...it kept nicely during the party and the extra I froze. In the future, I would cook the noodles a little less if I knew I was going to freeze it. I cant tell you how many compliments I got on this soup....and it is great without meat! It makes a nice hearty vegetarian dish without realizing there is no meat!
Served this to a group of 20 today-tripled the recipe. It was awesome!! Several people wanted the recipe. I followed the recipe but for adding one tin of tomato paste. It really didn't need it. Next time I'm going to add the splash of red wine-because there definitely will be a next time. Perfect for a really cold January day-and easy, easy to make with a food processor. Thanks for a great recipe.
Sounds good. Haven't tried it yet. But I will. Do you have nutritional values?
I love the Minestrone Soup at Olive Garden. I searched and found this receipe. I tried it tonight. It was terrible. I went directly by the instructions and the ingredient list. I have read that Red Wine is used at Olive Garden. Maybe I will try that next time.
This is a bit overdue so please accept my apologies. I'm not a big minestrone fan but I made this for someone who was sick. I tried it and by golly, it's good stuff! So nice to have something different for a change. Very good, and directions were easy to follow. Thanks.
Well...I followed the directions sort of, I only used 2 cans of beans (white canelli and small red), I only used half the spinach and I used 1 cup of pasta instead of half a cup. Also, I used 2 cups of water and 2 cans of tomatoes undrained (1 can of stewed italian style and 1 can of petite diced italian style). While it was cooking, I could tell it needed something, so I added the tomato paste and 1/2 cup of red wine. It still tasted like it needed something so I added some of the Parmesan cheese that you shake on, about three shakes per bowl and that&#039;s what did it! It is amazing!!!
An awesome soup! Made it for my boss's birthday (he's italian) and he absolutely loved it!
I make this soup every week. My daughter loves it! I am a cajun, so I never measure anything except the spices. I use larger amounts of the vegetables. I usually triple the seasoning since I always make more than the original recipe due to the added vegetables. I don't usually put the pasta because we like to stay lower carb. I do always use 1/2 to 1 cup of Chinati wine which gives it a nice flavor. My daughters are soooo happy I found this recipe. A large pot never last more than a few days in my house.
I agree with Dawni! This is better the second day! Excellent soup!!!
This recipe is great and is an excellent meal to make for company. You can visit while it is simmering and many compliments are paid when it is done! It however needs a few tweaks. I fully agree it needs red wine. I use whatever kind I have on hand. I add 1/4 a cup to 1/2 a cup depending on how strong the wine is. DO NOT DRAIN THE TOMATOES! I add an extra 1/4 a cup of tomato sauce or V8 juice to get more flavor in the broth. I always use fresh ingredients and so the thyme, oregano, and basil were fresh and minced and that really jazzed it up,. Finally, I felt there was not enough broth (it%u2019s easy to go overboard with the vegetables). To fix this, on the side in a separate saucepan, I mixed 3 cups of vegetable broth, 2 1/2 cups hot water, and 1/4 a cup of tomato sauce/V8 juice to a boil then added 1/4 a cup of red wine and brought it to a boil again then let it simmer alongside the soup. You can just not do this part separately and just add it to the soup but I did it this way so I could store some broth separately for leftovers. That way, the liquid that is lost in the refrigerator can be restored. When I serve, I mix this in with the soup and it doesn't taste any different.
We liked this, but we had to Dr. it up with tomato sauce to give it more of a tomato base like OG. Also, Olive Garden soup doesn't have nearly as many beans in it and no spinach in the minestrone (they put spinach in the pasta figioli) Anyway, it's a good base, but need to add a bit more to give it more of a tomato base like traditional minestrone and OG minestrone. Thanks for a good start though, not bad!
I really enjoy Olive Garden's minestrone soup, so I was excited to find this recipe because it is very similar to the OG recipe.

However, I made a few changes. First, I did not drain the can of tomatoes and I also added a can of tomato sauce to give it the trademark red broth of minestrone soup. It also made it tangier.

I added 2 more cups of broth (I ended up using vegetable bouillion to create the broth instead of cans) and I also added more water as needed because I found the broth got too thick.

After my second time making it, I found that it's easier to add the beans when you add the pasta so the beans don't make the broth thicker.

All in all, I found this recipe to be excellent and I've made it at least half a dozen times so far!
I added 1 Tablespoon fennel. Really needed it
I love this soup. I add a handful of corn and peas to it as well. Instead of using any water, I just use Vegetable broth so I use a total of 7 cups of veggie broth for the 8 serving size recipe!! It makes it a lot tastier with the broth!!
This recipe really is great and I&#039;ve made it about 5 or 6 times. I only use one can of each bean
I made this for lunch the other day for DH and I. I followed the directions to a a "t" only cut the recipe in half. Delicious! This will be a regular in our house. Thank you for a wonderful soup.
This soup is so delicious! I agree with the previous comments that the 1/2 cup wine makes a huge difference in the flavour; I found it really added a lot more depth to the soup. I also added almost a full can of tomato paste, just because I wanted more tomato flavour. It's SOO good!
Regardless of whether this is the OG version, this is a fantastic minestrone soup! LOVE IT! Thanks!!
This soup is excellent!!! A definate contender for that offered at Olive Garden. Thanks!
This soup is exactly like the one at Olive Garden. It is also very easy to make and it smells great. I tend to leave out the spinach if I'm going to save some for later, because it will sometimes turn slimy and brown if it sits in the broth for too long. Thank you so much, I love this recipe!
This IS just like Olive Garden's minestrone. I can't thank you enough! This soup has made me want to add spinach to everything now - it almost disappears and adds no flavor, but so much nutrition, I double the amount called for. I did add the red wine. It didn't taste quite right until then, although, it was still pretty good without it. Thank you so much!
This has become one of my favorite soups. Love it! Have never had the Olive Garden minestrone, so I can't compare, and I did make a few changes to this recipe. Did not drain the tomatoes, used chicken Better Than Bullion rather than veg broth, did not add wine or pasta.
This soup has the best flavor! It is just like the Olive Garden soup. It has a few too many beans for my taste so I cut the beans in half. Most minestrone recipes call for sausage so I threw in some turkey kilbasa and it added a great smokey flavor!
The SECRET ingredient to make this AMAZING is Knorr Tomato Bouillon with Chicken Flavor. I added one cube to the soup and OH MY GOSH!!! It totally makes a difference in the flavor.
The first try at making this soup was so very close to Olive Garden's and after eating it the next day it dawned on me what was missing, it needed a little sugar. I can't say how much because I increase the amounts to feed the masses at work. I would start with 1/4 cup and taste/add from there. Trust me you will know when it is right.
This was DELICIOUS - I added 1 cup of small shells (vs. 1/2 cup) and added 1/2 cup of red wine (I had a cheap merlot handy) in the last 20 minutes of cooking. I also threw the spinach in during the last 5 minutes - it really doesn't need more time than that - it wilts very fast. I added the recipe and each ingredient (I used mainly Publix brand) into MyFitnessPal, and the calorie count (with the wine and extra pasta!) is only 322 calories per 1.5 cups. Definitely perfect for a rainy or snowy day!
This soup is very close to Olive garden's soup. Very good served with crusty garlic bread and a antipasta plate. I did not add any red wine, but I definitely will next time. There was just a little something that seemed to be missing, and I think the red wine is what was needed. Very good soup that was loved by all at our table.
This soup was so good. I could not find great northern beans so I used white kidney beans. I also added crushed red pepper flakes and more garlic to give the soup more flavour.
I roasted all my veggies for this, then pureed half the soup with my immersion blender (before adding any beans). This soup was fabulous. It's very good topped with a bit of olive oil and some parm cheese.
This soup is fantastic! My girlfriend brought a bowl of this over to my house and I had it for lunch today....wonderful flavor and very eye appealing. She was looking for Olive Garden Minestone Soup and I found it here and sent it to her to try. I told her with Recipezaar you can always count on a great recipe!!
Sharon R.
Made this soup exactly as directed, and it is FANTASTIC! Contemplated using the red wine as some others had suggested, but I thought the first time through I would just stick to the recipe. To reiterate, fantastic!
this recipe is what i've been waiting for, it's awesome. i make a huge quantity and freze it in bags so i can have it when i want it. it freezes well. i have made it with little sausage meatballs, yum-o.
A great soup with fantastic flavors. Tastes very similar to olive garden recipe and I enjoyed it alot! I did add some chili pepper for a little heat which is something I commonly do :) ... this is definately a mainstay in my household!!!
Just made this soup and it came out awesome! The only thing I changed was that I added a 1/4 cup of red wine. I was just at the Olive Garden 3 days ago and had it there and this taste exactly like it! My family loved it. Thanks for a great recipe
Linda K
Mine turned out almost just like the Olive Garden soup. I added the 1/2 cup of Yellowtail Shiraz as well and two cans instead of 1 of undrained diced tomatoes. I added a little more zucchini, pasta, and garlic than the recipe as well. It turned out great and although there are a lot of ingredients it is still pretty simple to make. I bought my onion and carrots already diced/shredded to make my life a little easier.
I love this soup! I make a double batch and store it in my freezer. I add the red wine. Yum! Thanks for sharing.
Very good soup. Even better the second day. I added mushrooms and used canned beans instead of the fresh. I also steamed the carrots for a couple minutes before adding them to the soup. Sometimes I end up with crunchy carrots in soup and I don't like that.
This is a great diet soup!! My skin looks better already. Have to get those veggies. Thanks for sharing.
MAKE IT, MAKE IT MAKE IT!!!! I followed the recipe and added a cup of dry red wine while it was simmering with the noodles and spinach. Fresh grated parmigiano-reggiano and you have yourself a bowl of heaven. One of the best recipes I've tried and will quickly become a family favorite around here.
Great Soup! I did make a few adjustments. I did not chop my celery, I sliced it with leaves. I did not add my garlic or zucchini (sliced) until I added my spinach. I hate mushy zucchini and I wanted the garlic punch. I did not drain my tomatoes. After reading the reviews about adding tomato paste I thought why toss out all that good juice. Due to the added liquid and the fact that I cook my pasta per servings in a separate pot (due to freezing) I only added 2 cups of hot water. I did add the 1/2 cup red wine and about 1 T. red wine vinegar with about 15 minutes to go. I topped it with grated asiago at the table. I'm in soup heaven! Thanks for posting! Di ;-)
DD was less than thrilled with the idea of eating a soup filled with beans and spinach. But she was more than willing to give it a try once she got a whiff of it cooking. "That smells sooooo good!" Well I guess it didn't disappoint. Everyone in my family gave it 4 or 5 stars, which is excellent coming from this crew. Thanks so much for a wonderful recipe.
First off, I made a LOT of changes to this soup. But the end result was very, very close to Olive Garden's soup.

I used red onion instead of white, I used Italian-seasoned canned tomatoes undrained, and instead of 2 cans of small white beans I only used one and replaced the other with white kidney beans. I couldn't find baby spinach, so I used an entire bunch of regular fresh spinach with the stems removed. I added more small shell pasta to the soup, and they seemed to soak up too much of the broth. In fact, there wasn't really any broth left the next day, because the beans thickened it and turned it kidney-bean colored. It also didn't seem tomatoey enough to me. The small white beans didn't seem to hold up well after all of the cooking, so next time I will probably just use 2 cans of white kidney beans instead, as these were wonderful in it.

So the next day, I put it all in a large pot again, and added one additional can of Swanson's vegetable broth, another can of undrained Italian-seasoned chopped tomatoes, and one small can of Hunt's tomato sauce (it had spices in it; can't remember which one though). I simmered this for a while.

The end result was fabulous, and have since had several friends and family members request the recipe!
I made this a few days ago for my family. We enjoyed it and will make it again.
I've never had Minestrone soup at Olive Garden but this was good! Next time I will use only 1 can of beans. I used all organic ingredients and it turned out perfect! Very healthy unique soup, will make again:)
I asked at the Olive Garden in Ocala Florida what was the base stock for their minestrone soup and they told me mushroom stock...now I always make my own stock before I add the other ingredients- wonderful !!
This is a wonderful soup at any time of the year! This week I went to Olive Garden, and as usual, ordered the soup. My waitperson said that they don't give out the recipe, but she did tell me that they put Chianti in it. Is this correct??
I read quite a few of the reviews before trying this recipe. I have to say it really tasted what I remember Olive Garden's minestrone tasted like. I did add tomato sauce I had frozen from last year's tomatoes since I thought it needed a bit extra tomato taste. I only used 1 can each of the beans also. I did add about 1/2 cup of red wine from the recommendations of some reviewers. I didn't use zucchini though because I had fresh summer squash and fresh green beans from the garden, also the onion too! I put in more green beans than it called for since I had so many. As far as the spices go, I used white pepper, which I prefer and more basil, since I love basil! Honestly, this tasted so good and was very simple to make. Definitely will be making this one again!
This soup is all kinds of excellent. It really is. It ranges the whole spectrum of awesomeness. It's easy to make, it's colourful, it's healthy, and it's extraordinarily delicious. I haven't been to an Olive Garden in years, so I'm not sure how it compares, but I'm not convinced that minestrone could GET much better than this, so it must compare pretty favourably. On my second time making it, I did increase the green beans, celery, and zucchini, and I added a little more pasta than was called for. It was spectacular either way, though.
Made this and took it to a "Darden Dinner" (we don't have the wonderful Darden restaurants--Olive Garden & Red Lobster, etc here, so we made our own). It was by far the best-loved dish there! SOOOO goooooood. I did add in some red wine once the veggies were sweated down and I left out the beans due to personal preference. Divine!
I love, love, love O.G.'s minestrone soup - and while this was a very good soup, it wasn't exactly like O.G. But - still - very - very - good! :)
Awesome! I make this whenever the vegetable stock goes on sale. I like my broth rich, so instead of the 3 cups water I do 5 cups vegetable stock (not broth) and 2 cups water. My neighbors tried it and request it whenever they hear I am making more. Best homemade soup I've ever tasted.
I've just finished making this - fantastic!! I followed the recipe, including the wine - but later added the remaining tomato juice. Also I grated most of the veggies. A very easy recipe I'll be making again. Cheers!!
Perfect.
This soup is delicious! Not too difficult to make either. I have made it both with and without the red wine and don't really notice the difference. I love the pasta in it so in order to add more of it, I also add more than the 2 1/4 cups of water so the extra pasta doesn't soak up all the broth. I then add one jar of spaghetti sauce so the extra water doesn't dilute the taste at all. DELICIOUS SOUP! Thanks for sharing the recipe. :)
I made this tonight with my daughter and it was a hit! I added 1 cup of red wine, 1 cup of tomato sauce and 6 oz of tomato paste. The color was perfect. My husband and daughter said all we needed was 12 inches of snow, a school closing and it would be perfect! Great recipe! Will make it again and again!
This is really good. I had to sub kale for spinach as I am allergic to spinach. I have never had olive gardens for that reason. I followed a couple of suggestions of another reviewer. I added a can of tomatoes, half head of cabbage, extra cup of green beans, a handful of Parmesan cheese, and a couple splashes red wine vinegar, omitted a can of beans. I will make again.
Am I missing the wine ingredients or just loosing my mind
This was TERRIBLE. The first time, I made it with the spinach it called for, which turned it green and made it taste of nothing but spinach. The second time I made it, I omitted the spinach and now it is just tastes of thyme-y salt. The addition of wine did not improve things. This never tasted anything like the OG version..it's been a disappointment and a sad waste of ingredients. Better luck next time!
DELICIOUS!! I have barely any cooking experience but this soup was so simple to make (preparing the veggies took a bit, but it wasn't too bad). It tasted very much like OG's, but I thought it was even better. As a vegan, this is probably my new favourite recipe. Thanks so much, I can't wait to make it again!!
This soup is so good and healthy too. A great way to get down those veggies. I served with a hard roll and it was a complete meal.
I love this recipe, although I did use about double the amount of spice because my family likes things to have alot of taste, but overall a very good recipe, and very simple. Thank you!
This soup is fantastic! I've never had Olive Garden's, but this is really excellent minestrone. A big hit with all family members. Just the right combination of veggies, beans, deliciously enhanced with garlic and seasonings.
YUM! My SO, who wants hot sauce on EVERYTHING, says this is perfect as is. I used regular green beans and veggie broth, but it there wasn't enough tomato flavor in the broth, so I mixed in a large can of tomato sauce (not paste) after it cooked before served, and it really made the difference. I would use tomato broth next time. It tastes great with a little cheese on top, too! Super-easy in the crock pot with great flavor, just add everything but the spinach and pasta and set it to low for about 8 hours, add the spinach about an hour before it's done cooking, and make the pasta separately and combine it all before serving. I didn't add the red wine, but probably will next time, just to try it out.
**HOORAY!! 100th REVIEW!!**
I played around with the ingredients a bit, depending on what was on hand: 1 can ea of 4 bean mix & cannellini beans, sub'd red capsicum for the celery & used frozen spinach & tiny little 'soup pasta' (so it only needed 8 mins more cooking time).
Matt enjoyed too, and he was surprised- he doesn't normally like minestrone. :)
Thanks for sharing, Suzy.
it was delicious.
Followed other reviewers's tips about adding more vegetable broth in lieu of the water, adding a bit of tomato sauce, undrained tomatoes,some red wine and less beans. All good ideas--soups are meant to be individually tweaked, and I loved the easy-to-make end product. Thanks, Suzy!
This is one that I'll keep on the "Handy shelf" for repeated referral. I withheld 1/2 the fresh garlic cloves and added them right at the end. I am fond of anything garlic and heating it seems to mellow it's flavor.
And another big plus is that it will hold over for another day to heat and serve. The pasta swells a bit but the flavor entices.
As I write this review, I am making this soup for perhaps the third or fourth time. It's been really cold and wet this winter and my family just can't seem to get enough of this minestrone. It freezes really well so I packed some in containers with my daughter as she returned to college after winter break. It is now her favorite soup and she is already asking me to make more and bring it up next time we visit. I followed the recipe pretty much as written but substituted a can of Italian green beans for the frozen ones, and substituted a can of garbanzo beans for one can of the red kidney beans. I did add a couple of splashes of red wine as suggested....mmmm, good!
So delicious! The only thing I did different was swap the shell noodles for orzo.
What an easy delish soup this is! It makes a nice big batch with very little effort...the only thing I changed was I cooked the pasta separate before I added it....
made this soup but added some ground chicken to it... absolutely delicious.
This recipe rocked! After reading other comments, I made a couple changes though. I added an 8 oz. can of tomato sauce, didn't drain my diced tomatoes, and only used 3 cans of beans. I also used a little more veggie broth and a little less water. And I didn't have spinach, so I left it out this time. I've been eating it every day, it's so yummy! It couldn't hurt to add more veggies either, like upping the zucchini or green beans.
The wine IS the secret ingredient, TRUE!
Used 1/2 cup, 6 oz tomato paste too!
Don't know if it tastes like Olive Garden as they don't have them here!
We will enjoy this soup all year!
THANKS!
Every time I go to Olive Garden I get the Minestrone soup because I love it. It is so healthy and good. I am happy I can make the copycat at home. It's wonderful!! It is so easy to make and the results are perfect. This is the ideal soup to give to someone who needs the a nutritious warm meal.
Thank you Suzy! I've never been to Olive Garden, but this is by far the best minestrone receipe I've ever tried! It has fast become one of my favourite receipes and as such there is usually a portion in my freezer - particulalry good for those days when I'm in need of warm comforting goodness! I do add a splash of red wine and some tomato puree plus plenty of cracked black pepper when serving, lush!
Good, easy, filling, and healthy! As per other users' suggestion, I added half a cup of red wine at the end of the cooking.
This tates just like Olive Garden's ! I make it once a month and the only problem is how fast its finished between me and my husband. Great taste!
I used your recipe as a baseline today. I have no fear of Chicken Broth which is what I used. One key ingredient missing 
would be the grated cheese. Specifically, Pecorino Romano. (Pecorino = Sheeps Cheese). Pecorino is packed with flavor (add as you would salt) I added 3 TBLSPNS during the last 20 minutes to my 12 serving size batch)... I seldomly eat out but, I have eaten OG's soup and 
that was the flavor that stood out. 

Thanks for sharing your recipe.
Wonderful soup, perfect for winter! Never tried the OG's soup, but this is awesome, especially with a loaf of crusty bread & some parmesan cheese on top! I made a few changes: Only used about 2/3 the beans (scooped them out when I saw what a HUGE pile they were); added 1/2 cup of cheap merlot & let it simmer a bit before adding the veggie broth; used Wolfgang Puck's Vegetable Stock. On day two, the soup was really thick, so I minced some garlic, simmered it in olive oil, added another 1/2 cup of merlot, and then a can of vegetable broth. Added that to the big pot, and it's perfect!
I forgot to review this. I made this last week and it was wonderful. I have this same recipe in a book of restaurant copycat recipes. I have never had minestrone before and this is fantastic! Thanks for posting!
Soooo good! My husband would eat it at least once a week. Thanks so much for sharing.
I was specifically looking for the recipe that would taste like the Olive Garden's minestrone soup. It's been a few months since I had it, but from what I tasted when I made it, this recipe is very similar to the restaurant. Thanks!!
Delicious! I made as exactly as posted and was rewarded with a flavorful and hearty soup. I've never had this at Olive Garden, so I don't know how it compares, but it's wonderful in its own right. Thanks for sharing!
I am Olive Garden's minestrone soup's biggest fan...and unfourtunately, this is not it. It's very good, but needs a little tomato flavoring in the broth. I will add the crushed tomatoes that another reviewer suggested next time. Thanks for the recipe, will make again
I love this recipe. I use only one can each of the beans, tomato paste instead of chopped and I add a parmigiano reggiano cheese rind in it, delicious!
My mom just made this today and normally stuff like this I wont eat I am a very picky eater for being 18. I wasn't sure about trying this and I took one bite and I LOVE IT!!! This is something im going to have to remember how to make for when I get a place!!
Mmmmm....total keeper recipe! Just the right amount of seasoning and broth. Loved it! As usual I make some adjustments based on what I have on hand and our preferences my changes were to halve the amount of beans, skip the pasta and substitute finely chopped cabbage in place of the spinach. Delicious and even better the next day. Thanks so much for posting this recipe.
We LOVED this soup! Snowy night, xmas ships and caroling, needing to feed about 10 hungry mouths - this was the perfect thing with some crusty bread! I hope you'll forgive me, I doctored it a bit...used chx broth, about a cup of red wine, and sauteed up some hot Italian sausages and diced into coins and added them too. Topped it with parm upon serving and it was a total hit. Will DEFINITELY make again. Thanks so much for posting!
I added more zucchini and more green beans. Also increased the salt, pepper, thyme & basil and added about 1/2 t. cayenne. Finally, I used only a scant 2 c. water rather than 3 cups. It still made a generous 8 servings at 1 1/2 c. per serving. Fabulous soup, and so very close to Olive Garden's. It made me very happy!
There is no need to guess or use trial &amp; error for Olive Garden dishes. All Olive Garden recipes are on their website at www.olivegarden.com/recipes.
Delicious soup! Tastes exactly like the Olive Garden. A keeper for sure!
Great Soup....I omitted the zucchini (mine went bad) but it was fantastic. Thanks
I've never had this at the Olive Garden but, regardless it was terrific. i did make two modifications and they were using gluten free noodles and adding a lb of hamburger to make it stick to our ribs better. This is my new go to soup! Thank you for the recipe!
Awesome soup! I served with grilled cheeses! I used only 2 cans of beans, and DH said he wished I hadn't cut back, he wanted more! I'll follow the recipe exactly next time! Can't wait to make this again! Thanks for the keeper!!
I made this last night for my daughter who's trying to eat healthier while away at college. It smelled so good, I decided to make some for my husband and myself but I'm on a gluten free diet so I'm changing from the small shell pasta to barley and I couldn't find Italian Green Beans in our grocery store, so I'm substituting regular cut green beans. I just threw all the ingredients into a crock pot and cooked for 4 hours. Easy!
My mom and I made this soup and it was amazing. We are not sure if it is comparable to an Olive Garden soup but it surely does taste great.
My 20 year old daughter stopped in to visit, the first thing out of her mouth when she walks in the door is hey Mom it smells like Olive Garden in here. I followed the directions to the T it came out delicious I will be making this again and again. I live in North Pole Alaska so this recipe is going to be on a regular rotation this winter.
SO DELICIOUS!!! Yep! Tastes just like Olive Gardens... only I think its BETTER because you can add in more of what you like and you get to have left overs! I made this for my family (doubled the recipe) and it was a hit! It&#039;s worth the effort in preparing this. It is very filling. Remember, if you don&#039;t feel like eating Chicken Noodle soup during the cold/ flu season, this is a excellent way to get your family to eat thier veggies and get those nutrients! =D
Excellent recipe! This makes me forget how much I like the restaurant version, because the home vesion is DELICIOUS! I used 2 c. of spinach and 2 c. of chopped kale. I also used 1 can each of kidney, cannellini, and garbanzo beans. Otherwise stuck faithfully to this recipe! *****
Marvelous! Reasonably easy to make (tad fussy on the ingredient list), so worth any effort. The colors in this soup are gorgeous. Tastes fabulous, too. Thanks for posting!
Very good, hearty soup! I followed others' suggestions and made the following tweaks: used only 1 can of white beans; added 2 cans of diced tomatoes with liquid (pureeing one can before adding it, to thicken the soup a bit); doubled amounts of all the veggies (except onion); omitted water and used all vegetable broth (~7 cups total); and added 1/3 cup of fresh grated parmesan cheese while the soup was simmering. I also make the pasta on the side and save it separately from the soup for leftovers to avoid the mushy noodle/reduced liquid problem of typical leftover soup with noodles in it. This will definitely be added to our regular fall/winter dinner rotation!
The family really enjoyed it. Thank You for sharing your recipe with us.
My whole family agreed that this really was not just like Olive garden's recipe, but we also all agreed that it tasted awesome. We love it. We also doubled the pasta. Yum!
O-M-G!!! If I could give this 10 stars I would!! SO DELISH! I am on Weight Watchers and this recipe is so point friendly. You can add as many vegetables or as little as you like and it won't change the point value! I only add 1 can of kidney beans and 1 can of white beans (instead of 2 each). You will never miss those two cans!!! I also like to add a 6 oz can of tomato paste to give the base more of a tomato flavor! You can add the red wine if you like, but I would rather not have the extra points and I don't think you will miss it either!! And if you like things spicy like I do, add a few splashes of Tabasco!! I also add a little shredded parmesan cheese on top! So delicious!! You have to try this recipe if you love Minestrone soup. I think this recipe is even better than Olive Garden's!!! I use to work at Olive Garden and had a copy of their recipe. The list of ingredients in their recipe was twice as long as this and they definitely add red wine. To each his own! You really can't mess this recipe up! So, so, so good! I can't say it enough!
i love this soup !!
I make minestrone soup without a recipe but it always seems to be missing something. This was just about perfect! I didn't have frozen green beans so used a can, and didn't have celery. I chopped the carrots finely instead of shredding because I was too lazy! The spices were perfect but I let it sit a little long and the broth was absorbed so next time I'll add more or eat it more quickly! Very Delicious!
This needs triple the spices, and red wine 1/2 cup and 2 heaping tbl spoon of tomatoe paste. It's essential!
I love this soup on it's own but don't think that it tastes like olive gardens JMO because everyone else seems to think that it does. A wonderful soup! I had to leave out the spinach because frozen didn't do it justice. Thanks for the recipe
I've never had this at Olive Garden so can't compare to theirs, but this is a very nice soup. I did add 1/4 cup red wine after step 2 and gave it about 5 minutes to cook before going on to step 3. This is a very thick soup, a bit like a stew. Tasty and easy to make. I have a minestrone recipe that DH and I like better, but this is quite a bit different and I think I will make this one again. Thanks for sharing.
I love this recipe!
The first time I made it, I also made my own copy-cat version of Olive Garden's salad, and bought some bread from Panera - it was wonderful! We felt like we were dining out!
Thank you so much for sharing this recipe-gem!
It's SOUPer! :)
I am stunned! This is one of the best soups I have ever eaten. I didn't have any zucchini though, so had to go without. And I did add some salt at the end after it was done. I have never had this soup at Olive Garden, but if it tastes like this, they should sell it by the gallon.
This went together nicely. I did do a couple things differently. I added the carrots with the rest of the veggies. I did not drain my tomatoes (not sure why you would). I added 1 cup of red wine and, finally, I used chicken broth. Great soup - makes a lot more than 8 servings.
This was incredible!! My whole family loved it!! My husband said it was the best soup we ever made!
Yum!! I tasted the soup with no red wine, and decided that it "needed" something. I had doubled the recipe and so for wine quantity added about a cup of a really nice Zin. My daughter isn't a big fan of the red kidney bean, so instead I added 2 cans of lentils. I didn't drain the tomatoes like many of the others. I could see adding a nice lean sausage or pancetta if my veggie daughter wasn't around. Keeper.
The soup is very good, but I would make a few minor changes the next time I make it. I would cut the salt back to 3/4 tsp. or less. I also added about 1/2 cup of cabernet which added the right depth to the soup. The next time I make it, I will also cut back on the spinach -- I love spinach, but thought four cups was a bit too much.
This is one fantastic soup recipe! All I added was some fresh mushrooms b/c I had them on hand. Didn't even bother to add the pasta it was so good. Thanks for sharing!
Made this for dinner tonight. My husband said that it taste just like Olive Garden's!! Thanks for posting this recipe. We will have this a lot this winter
Suzy all I can say is WOWZERS!!!!! I had such a taste for miestorne soup and this definetly fit the bill!!! I never ordered this soup from Olive Garden so I can't comment how good a copycat it is. I can say it is sooooooooooo easy to pull together and not a long cook time. I used Italian Seasoning since all the seasonigs you mentioned are in it. I also increased the amount. I will make this one again!
This soup was fabulous and very easy!
Great recipe. Taste is extremely close to Olive Garden's. I prefer to use 4 veggie bullion cubes disolved in 4 cups of hot water as a substitute for canned stock. I use this recipe all the time. Yummy Yummy Yummy!
Delicious! I ate it every day, by myself, until gone and never tired of it. Thank you!
Yum! Truely an excellent soup
This is GREAT. I halved the recipe very easily and the only other change that I made was subbing more kidney for the white beans because I didn't have any white beans. I will be making this many more times. Thank you!
This was a very nice soup. Was it Olive Garden Minestrone ... NO. There was a few flavors off, not enough tomato flavor and depth of flavors. Spinach, MY OG does not add spinach, but ...<br/>Yes, this was a very nice soup. And I did enjoy it. And yes, there is a little red wine vinegar at the end of cooking, but also red wine in the broth. NOW, everyone has to remember, that a lot of their ingredients are commercial, so we can't duplicate it exactly. But this was very nice.<br/>I added a bit of tomato paste for a little richness, and as I said ... it is close, and very good which is why I gave it 5 stars. I just can't say it is just like OG's recipe.<br/>But definitely worth making!
Great soup! I've made it twice now. I add a larger can of tomatoes and if you omit the pasta and carrots, it's South Beach Diet Phase 1 friendly and still delish!
This is a fantastic soup!! I've never had it at the OG but now I don't need to!!! I do throw in a bit of parmesan cheese at the end of the cooking time.....maybe about 4 Tbsp. or more. And then of course some more on top at serving time!! YUM!!!
I am so into soups and this is a good one loaded with lots of healthy veggies. Doesn't taste quite like our Olive Garden's Minestrone. But, nonetheless, was filling, hearty and sustaining. Served with a big chunk of hot crusty garlic bread. Thanks.
Great recipe! It was pretty close to the real deal. I did make a few changes that I think improved the taste- you MUST add about 1/2 cup of red wine when you add the broth. I also replaced the water with V8 juice and used a combo of chicken and beef broth to toal the 7 cups of liquid required. Hope you enjoy this one as much as we did!
5 Stars because its a great starting point and its pretty close.This is my 3rd time making this recipe and I am extremely close to the OG minestrone, as other commenters have mentioned I would recommend the following:

Use a little more zucchini, green beans and carrots
Use only 1 can red kidney and 1 can great northern beans
Throw in about 3/4 cup of red wine ( I used a Cab Sav and it seemed to resemble the flavor of the OG minestrone)
I also used a bit more pasta (about 3/4 cup) because of the increaseed amount of vegetables.
Yum~ I cut the beans in half and added extra veggies and noodles. Also threw in some red bell pepper that needed used up in the fridge. I also subbed out kale for the spinach which gave the soup just a little extra zing. And then along with the recommendations of others, I added a little white wine which did add something special! I served mine with some wonderful rolls with vegan butter. Made quite a bit of soup.
Very good flavor. Would have again. Just all around good eating.
Why not chicken broth? I don't like vegetable broth.
This was really good. Didn't quite taste 'Olive Garden' to me, but I'd make it again.
This was amazing! I have a 50/50 chance with most online recipies it seems. But this was definitely on the winning side!
Extremely close to Olive Garden. I absolutely loved it... made the second batch and added 1 Cup of Pinot Noir (or any sweet red wine) and 1 8oz can of Tomato Paste to give it the signature OG red broth and flavor. I highly recommend trying it with these additions!
Delicious soup. Since I knew that I wanted leftovers for work, I added another cup of water, and proportionately increased the veggies in the soup. Like others, I added 1/2 cup of red wine. Also, this recipe allowed me to sneak in some spinach into a meal to unsuspecting parties who just devoured the soup. Thank you for the recipe!
THis soup is really good. I have made this one as is, and then a double batch to share with family and friends! I followed the recipe exactly, with the exception of using whole wheat mini-penne instead of shells. It was great to get a good minestrone, I never get the soup at olive garden or other italian restaurants BECAUSE they have wine in them, and any kind of alcohol consumption is prohibited in my religion. It's nice to know I can make the same thing at home without the wine! Thanks!
My husband and I loved this soup. I've never had Olive Garden's minestrone but This was excellent. I followed almost exactly except I added about 1 cup of dry red wine, omitted the zucchini, and upped the celery and spinach a bit more. I didn't have shells so I used ditalini(aproximately 1 full cup) (which is more to my family's style of cooking). I gave it a little more kick with extra fresh ground pepper. Extremely flavorful & hearty. I'm very picky when it comes to italian anything, so take my word for it, this is goood.
Wow! This is some good soup. I have never tried it at Olive Garden, but if you say this is close I will have to go try it soon. Flavors, color, just the right amount of herbs and seasonings are all here. I did not add the red wine until I try OG's to see if it really is in there. However, this was absolutely lovely and I thank you Suzy for sharing it. I would recommend this to anyone!
I work at Olive Garden, and every time I dish out a bowl at work for a guest, a crave comes over me the size of the empire state building! And while I could probably get away with it, I don't feel like risking my job for a quick gulp of the best soup ever. So, I've been scouring the web for something that would satisfy this craving.
This recipe was close. Very close. A few things I'd change to make it more true to the Olive Garden recipe:
I wouldn't chop the zucchini, but slice it. I'd add cabbage. I'd leave out at least one can of beans, and add another can of tomato. It needs more pepper. I'd increase the amount of green beans. There is something else too, that I can't put my finger on . Maybe I'll do a little digging at work and find out.
But anyway, this is really close and very good so thanks for posting.
Super Good. Next time I will add the red wine, I can see where that would liven it up.
Very good. As others suggested, I used only 2 cans of beans and did not drain the tomatoes. I added a a generous splash of red wine! My DH and I really enjoyed this one.
This has become a staple, so much so that I freeze sufficient prepared zucchini and green beans for this winter treat. Have followed suggestions to include tomato paste, undrained tomatoes, red wine, parmesan rind and double garlic. I found the bought stock too salty and use only my own. This is further from the original recipe, but I also substitute cavelo nero from my garden for the spinach. Blend it up with some water and add. A hearty soup indeed.
This soup has unbelievable flavor. I didn't have all the various spices and used 2 tsp Italian seasoning in place, as the mix has the ones listed plus some others, par boiled 12 fresh regular green beans instead of the canned, added a bay leaf, and omitted the kidney beans. I also simmered it for about 2 hours.

It's going down as a regular. I love that you can find a basic recipe like this and then change it slightly to fit your style.

This was even better the next day as leftovers.
All I can do it say that all the reviews are right on the money..very easy and taste outstanding..Thanks
Great recipe. I had to use another can of beef broth to the soup. I also made mini sausage balls and added zucchini. I also used fresh oregano and parsley atthe end then poured it over chopped spinach. My (foodie) husband said it was the best soup I've made. We ate it with fresh French bread. Fabulous!
Wonderful! Even better than the OG Minestrone, IMHO. I used only one can of kidney beans and 2 cans of navy beans because they were what was on hand. Also, I reduced the pepper, as my daughters and I are not big fans of it. Aside from that, I made it exactly as stated in the recipe and served it with a salad and breadstick twists (Pillsbury). My family loved it and I see myself making this dish again quite often. Thanks for posting it!
Excellent recipe, Suzy! It's so nice because I generally have all these ingredients in my pantry and ready to go! Easy to follow directions for a delicious, hot and satisfying supper! Thanks for sharing, Suzy!
Made this for family. Everyone was impressed - great presentation! They all wanted the recipe. I made as is - no changes.
Finally, my life is complete. I've been looking for an Olive Garden Soup for a long time. This is it. It tastes even better (probably cause there is more of it). All I need now are those breadsticks.
DELISH!!!!!!!!!!!!!!!!!<br/><br/>I made this dish to take to work for lunch and it was so hearty and healthy! I enjoyed every bite without guilt! Thanks for sharing!
I have eaten at the Olive Garden many times and wished I could make their Minnestrone Soup. Now I can and it is GREAT!
I give it top marks altho I made a change as there was way too many canned beans in for me. 1 can of red and 1 can of white beans was enough and I put more carrots, zucchini and green beans. I also added some red wine. To be honest I don't think you could spoil this soup whatever changes you make to the recipe.
Awesome soup! I have never had O.G. either but this is amazing. I didn't have green beans, and used tortillini in place of shell pasta. So easy to throw together. My MIL asked for the recipe and took it to a pot-luck. Everyone there liked it too.
This was very good! My husband loved it and he doesn't even like Minestrone soup usually. I'm sure I'll be making this again and again. I didn't try adding red wine this time but will be sure to next time!
This soup is absolutely nothing like Olive Garden's. It is a very tasty soup, but I have been having crazy pregnant cravings twice a day for their minestrone and this ain't it.
A perfect soup to make at the end of summer to take advantage of fresh garden herbs and produce. It is so delicious, and I can see it's very healthy. This turned out so well I am immediately making another batch to freeze. Thanks!
My recipe is close to this but I make mine a bit hardier. I omit the spinach and replace it with chopped Napa cabbage, then add diced turnips and a diced rutabaga, along with a couple of more cans of various beans like cannellinis, black, and garbonzos.
This was yummy. I definitely will be cooking this again and making some additions and subtractions to my liking. I forgot to add the wine! I would like a tad more noodles, no green beans, more zucchini, more celery, more tomatoes, and more spices. Oh and I added sausage, about a link worth (1lb)..a very good addition!
This went over wonderfully! I added a tbsp of minced garlic, as my garlic seemed weak. I also added a can of Dei Fratelli Italian tomatoes. Everyone wanted the recipe. I used to work at Olive Garden and I don;t know their recipe but this is very close!
My husband doesn't even like soup and he hates beans. He went back for seconds of this recipe! I used two cans of broth instead one can and 1.5 cups of water. Next time we are going to try with cooked tortellini instead of shell noodles.
This did not taste like OGs minestrone. It was good though.
This was soo good!! I added a ton more veggies and used mini tortellini instead of the shells. I ALWAYS order minestrone from Olive Garden and every time I eat it I think, "I really should make this sometime..." and now I can! Thanks, this was spot on!!
I made this as a &quot;no salt added&quot; recipe. I usually miss the salt, but not in this meal. It was FANTASTIC and will be a frequent meal in this low sodium home.
This soup is seriously so so good and simple to make. I&#039;ve made it a couple times now. The wine adds a lot. I didn&#039;t saute my zucchini , I added it with the spinach. Next time I think I&#039;m going to do one less can of beans and add some extra green beans. I printed a copy of this for everyone in my office LoL.
Love this recipe, but I added a jar of spaghetti sauce to it. It adds a lot more flavor.
This is by far the best minestrone recipe I have ever tried. I myself love Olive Garden minestrone soup, but this is more fresh. This is always a crowd pleaser in my home
The recipe is absolutely delicious! I thought I was at the Olive Garden! It's hearty, satisfying,healthy--and beautiful. The colors are just delightful. I used fresh herbs but I'm sure it's just as good with dried.
excellent! even better the next day! Very filling and hearty, healthy! thank you for this one!
I'll add my five star review to the list. Great soup. I added the wine, doubled the carrots and celery and used diced tomatoes with green peppers. Thanks for posting such a delicious recipe.
Very good. On the advise of a previous reviewer, I used only one can each of the beans, I think it would have been way too beany otherwise Also, I added about a tablespoon of tomato paste and some bay leaves. I did not drain the canned tomatoes since I like a lot of broth. I used about 1/4 cup of Progresso burgundy cooking wine.The first time I made this I accidentally got chicken broth. This soup is way better with the vegetable broth so make sure you get the right stuff. A friend of mine used to be a manager at an Olive Garden and he said it was very good.
WOW! I'm not a big soup person, and Minestrone, I can take it or leave it. But this soup is DELICIOUS! I used fresh herbs and the house smelled SO good while I was cooking it. I've already told a couple friends that the MUST try this soup. Thank you!
I read this recipe and it sounded delicious. That is how I start most of my recipes, is to start with one that is good to begin with. I like meat in my soups so I started with about 1 1/2 lbs. of mild Italian sausage, casings removed and sauted until cooked and slightly browned. Drain grease. Add onions, green beans, celery and garlic. Saute. Instead of 4 cups vegetable broth I used 2 - 1 Litre tetra boxes of vegetable broth and minus the hot water. I also used 4 cups Italian stewed (homemade) instead of the diced tomatoes plus I did not drained the tomatoes. As the tomatoes were Italian, I also did not use the spices, although if I had used regular stewed tomatoes I would have used the spices stated. I also used 3/4 cup of small shell pasta. I also used only 1 can each of the beans. This made for a very delicious and hearty soup. I thank you for my good beginnings.
Good soup. Don't know how it compares to Olive Garden, but is a good way to get in some veggies. I used beef broth, left out the kidney beans since I didn't have any and added about 1/2 cup of red wine. Only made a half recipe which gave us at least 5 generous servings. Yum!
